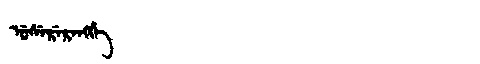
Manchu: ᡠᠰᡝᡵᡝᡵᡝᠩᡤᡝ
Romanization: USERERENGGE